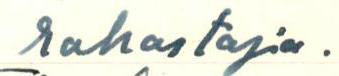
rahastaja.